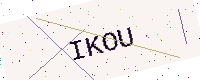
Text: IKOU